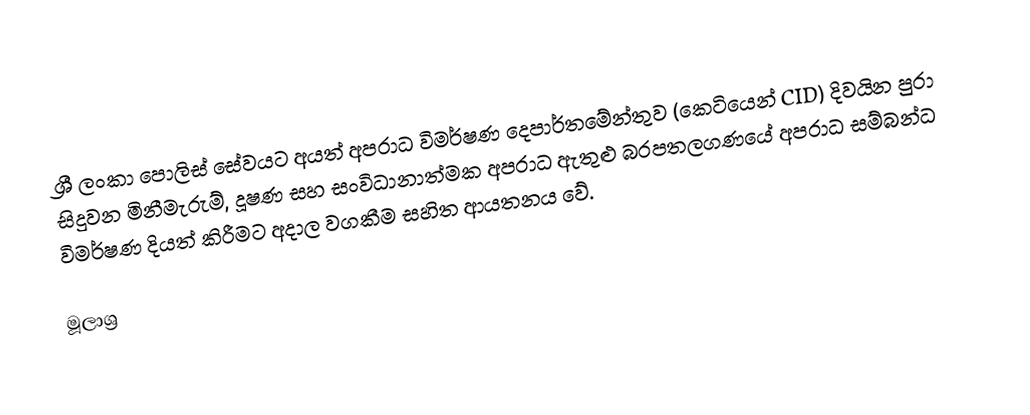
ශ්‍රී ලංකා පොලිස් සේවයට අයත් අපරාධ විමර්ෂණ දෙපාර්තමේන්තුව  (කෙටියෙන් CID) දිවයින පුරා සිදුවන මිනීමැරුම්, දූෂණ සහ සංවිධානාත්මක අපරාධ ඇතුළු බරපතලගණයේ අපරාධ සම්බන්ධ විමර්ෂණ දියත් කිරීමට අදාල වගකීම සහිත ආයතනය වේ.

මූලාශ්‍ර